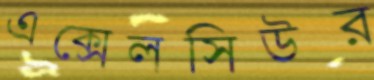
এক্সেলসিউর